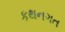
કથનગત